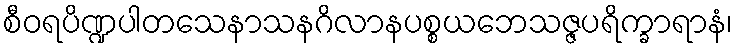
စီဝရပိဏ္ဍပါတသေနာသနဂိလာနပစ္စယဘေသဇ္ဇပရိက္ခာရာနံ၊